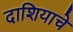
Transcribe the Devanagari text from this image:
दाशियाचे